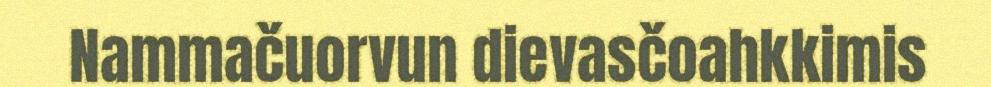
Nammačuorvun dievasčoahkkimis